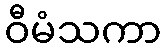
ဝီမံသကာ